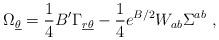
LaTeX: \begin{align*}\Omega_{\underline\theta} = {1\over 4} B' \Gamma_{{\underline r} \underline\theta}-{1\over 4} e^{B/2} W_{ab}\Sigma^{ab}~,\end{align*}